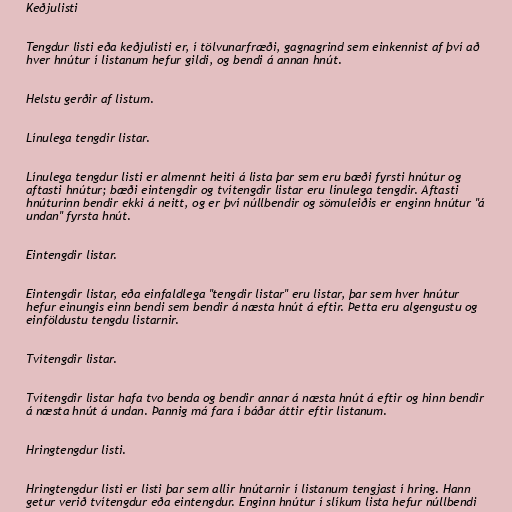
Keðjulisti

Tengdur listi eða keðjulisti er, í tölvunarfræði, gagnagrind sem einkennist af því að
hver hnútur í listanum hefur gildi, og bendi á annan hnút.

Helstu gerðir af listum.

Línulega tengdir listar.

Línulega tengdur listi er almennt heiti á lista þar sem eru bæði fyrsti hnútur og
aftasti hnútur; bæði eintengdir og tvítengdir listar eru línulega tengdir. Aftasti
hnúturinn bendir ekki á neitt, og er því núllbendir og sömuleiðis er enginn hnútur "á
undan" fyrsta hnút.

Eintengdir listar.

Eintengdir listar, eða einfaldlega "tengdir listar" eru listar, þar sem hver hnútur
hefur einungis einn bendi sem bendir á næsta hnút á eftir. Þetta eru algengustu og
einföldustu tengdu listarnir.

Tvítengdir listar.

Tvítengdir listar hafa tvo benda og bendir annar á næsta hnút á eftir og hinn bendir
á næsta hnút á undan. Þannig má fara í báðar áttir eftir listanum.

Hringtengdur listi.

Hringtengdur listi er listi þar sem allir hnútarnir í listanum tengjast í hring. Hann
getur verið tvítengdur eða eintengdur. Enginn hnútur í slíkum lista hefur núllbendi